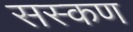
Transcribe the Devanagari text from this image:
सस्कण